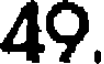
49.